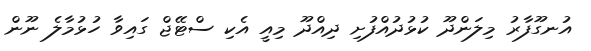
އުނގޫފާރު މިލަންދޫ ކުޅުދުއްފުށި ދިއްދޫ މިއީ އެކި ސްޓޭޖް ގައިވާ ހުޅުމާލެ ނޫން